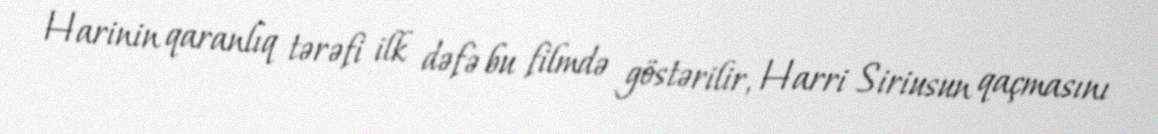
Harinin qaranlıq tərəfi ilk dəfə bu filmdə göstərilir, Harri Siriusun qaçmasını